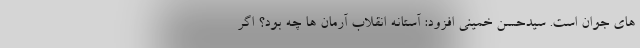
های جوان است. سیدحسن خمینی افزود: آستانه انقلاب آرمان ها چه بود؟ اگر